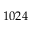
1 0 2 4